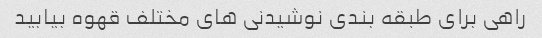
راهی برای طبقه بندی نوشیدنی های مختلف قهوه بیابید